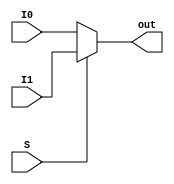
module Mux2to1_5bit ( I0,
				 I1,
				 S,
				 out);

	parameter bit_size = 5;

	input  [bit_size-1:0] I0;
	input  [bit_size-1:0] I1;
	input  S;

	output [bit_size-1:0] out;
	
	assign out = S ? I1 : I0;

endmodule